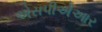
એસપીએઆર